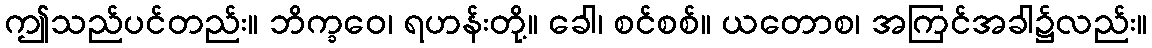
ဤသည်ပင်တည်း။ ဘိက္ခဝေ၊ ရဟန်းတို့။ ခေါ၊ စင်စစ်။ ယတောစ၊ အကြင်အခါ၌လည်း။